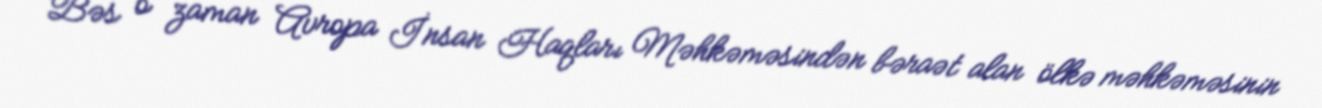
Bəs o zaman Avropa İnsan Haqları Məhkəməsindən bəraət alan ölkə məhkəməsinin